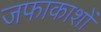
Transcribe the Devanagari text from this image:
जफाकाशों